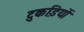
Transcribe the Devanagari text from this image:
टुकडि़यों